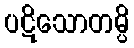
ပဋိသောတမ္ပိ